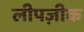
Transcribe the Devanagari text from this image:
लीपज़ीक